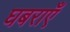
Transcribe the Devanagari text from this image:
घबराएँ